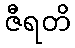
ဇီရတိ